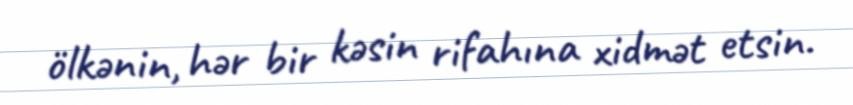
ölkənin, hər bir kəsin rifahına xidmət etsin.